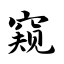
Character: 窥